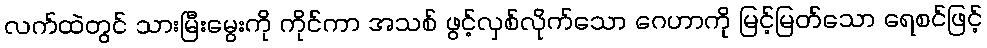
လက်ထဲတွင် သားမြီးမွေးကို ကိုင်ကာ အသစ် ဖွင့်လှစ်လိုက်သော ဂေဟာကို မြင့်မြတ်သော ရေစင်ဖြင့်